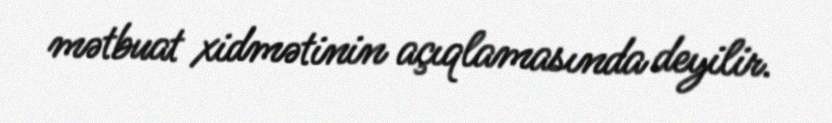
mətbuat xidmətinin açıqlamasında deyilir.